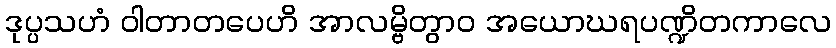
ဒုပ္ပသဟံ ဝါတာတပေဟိ အာလမ္ဗိတွာဝ အယောဃရပဏ္ဍိတကာလေ